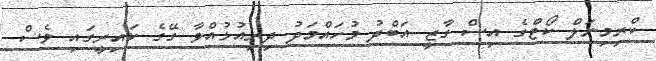
ކްރިމިނަލް ކޯޓްގެ އިސް ގާޒީ އަބްދު މުހައްމަދު ދިރިއުޅުއްވާ ގޭގެ ކައިރީގައި ވެސް